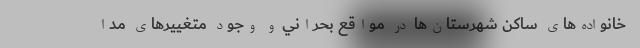
خانواده‌های ساکن شهرستان‌ها در مواقع بحراني و وجود متغییر‌های مدا